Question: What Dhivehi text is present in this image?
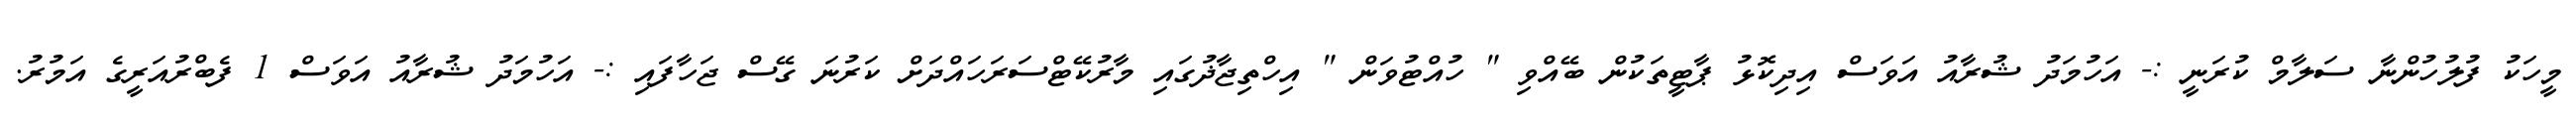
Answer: މީހަކު ފުލުހުންނާ ސަލާމް ކުރަނީ :- އަހުމަދު ޝުރާއު އަވަސް އިދިކޮޅު ޕާޓީތަކުން ބޭއްވި " ހުއްޓުވަން " އިހްތިޖާޛުގައި މާރުކޭޓްސަރަހައްދަށް ކަރުނަ ގޭސް ޖަހާފައި :- އަހުމަދު ޝުރާއު އަވަސް 1 ފެބްރުއަރީގެ އަމުރު.